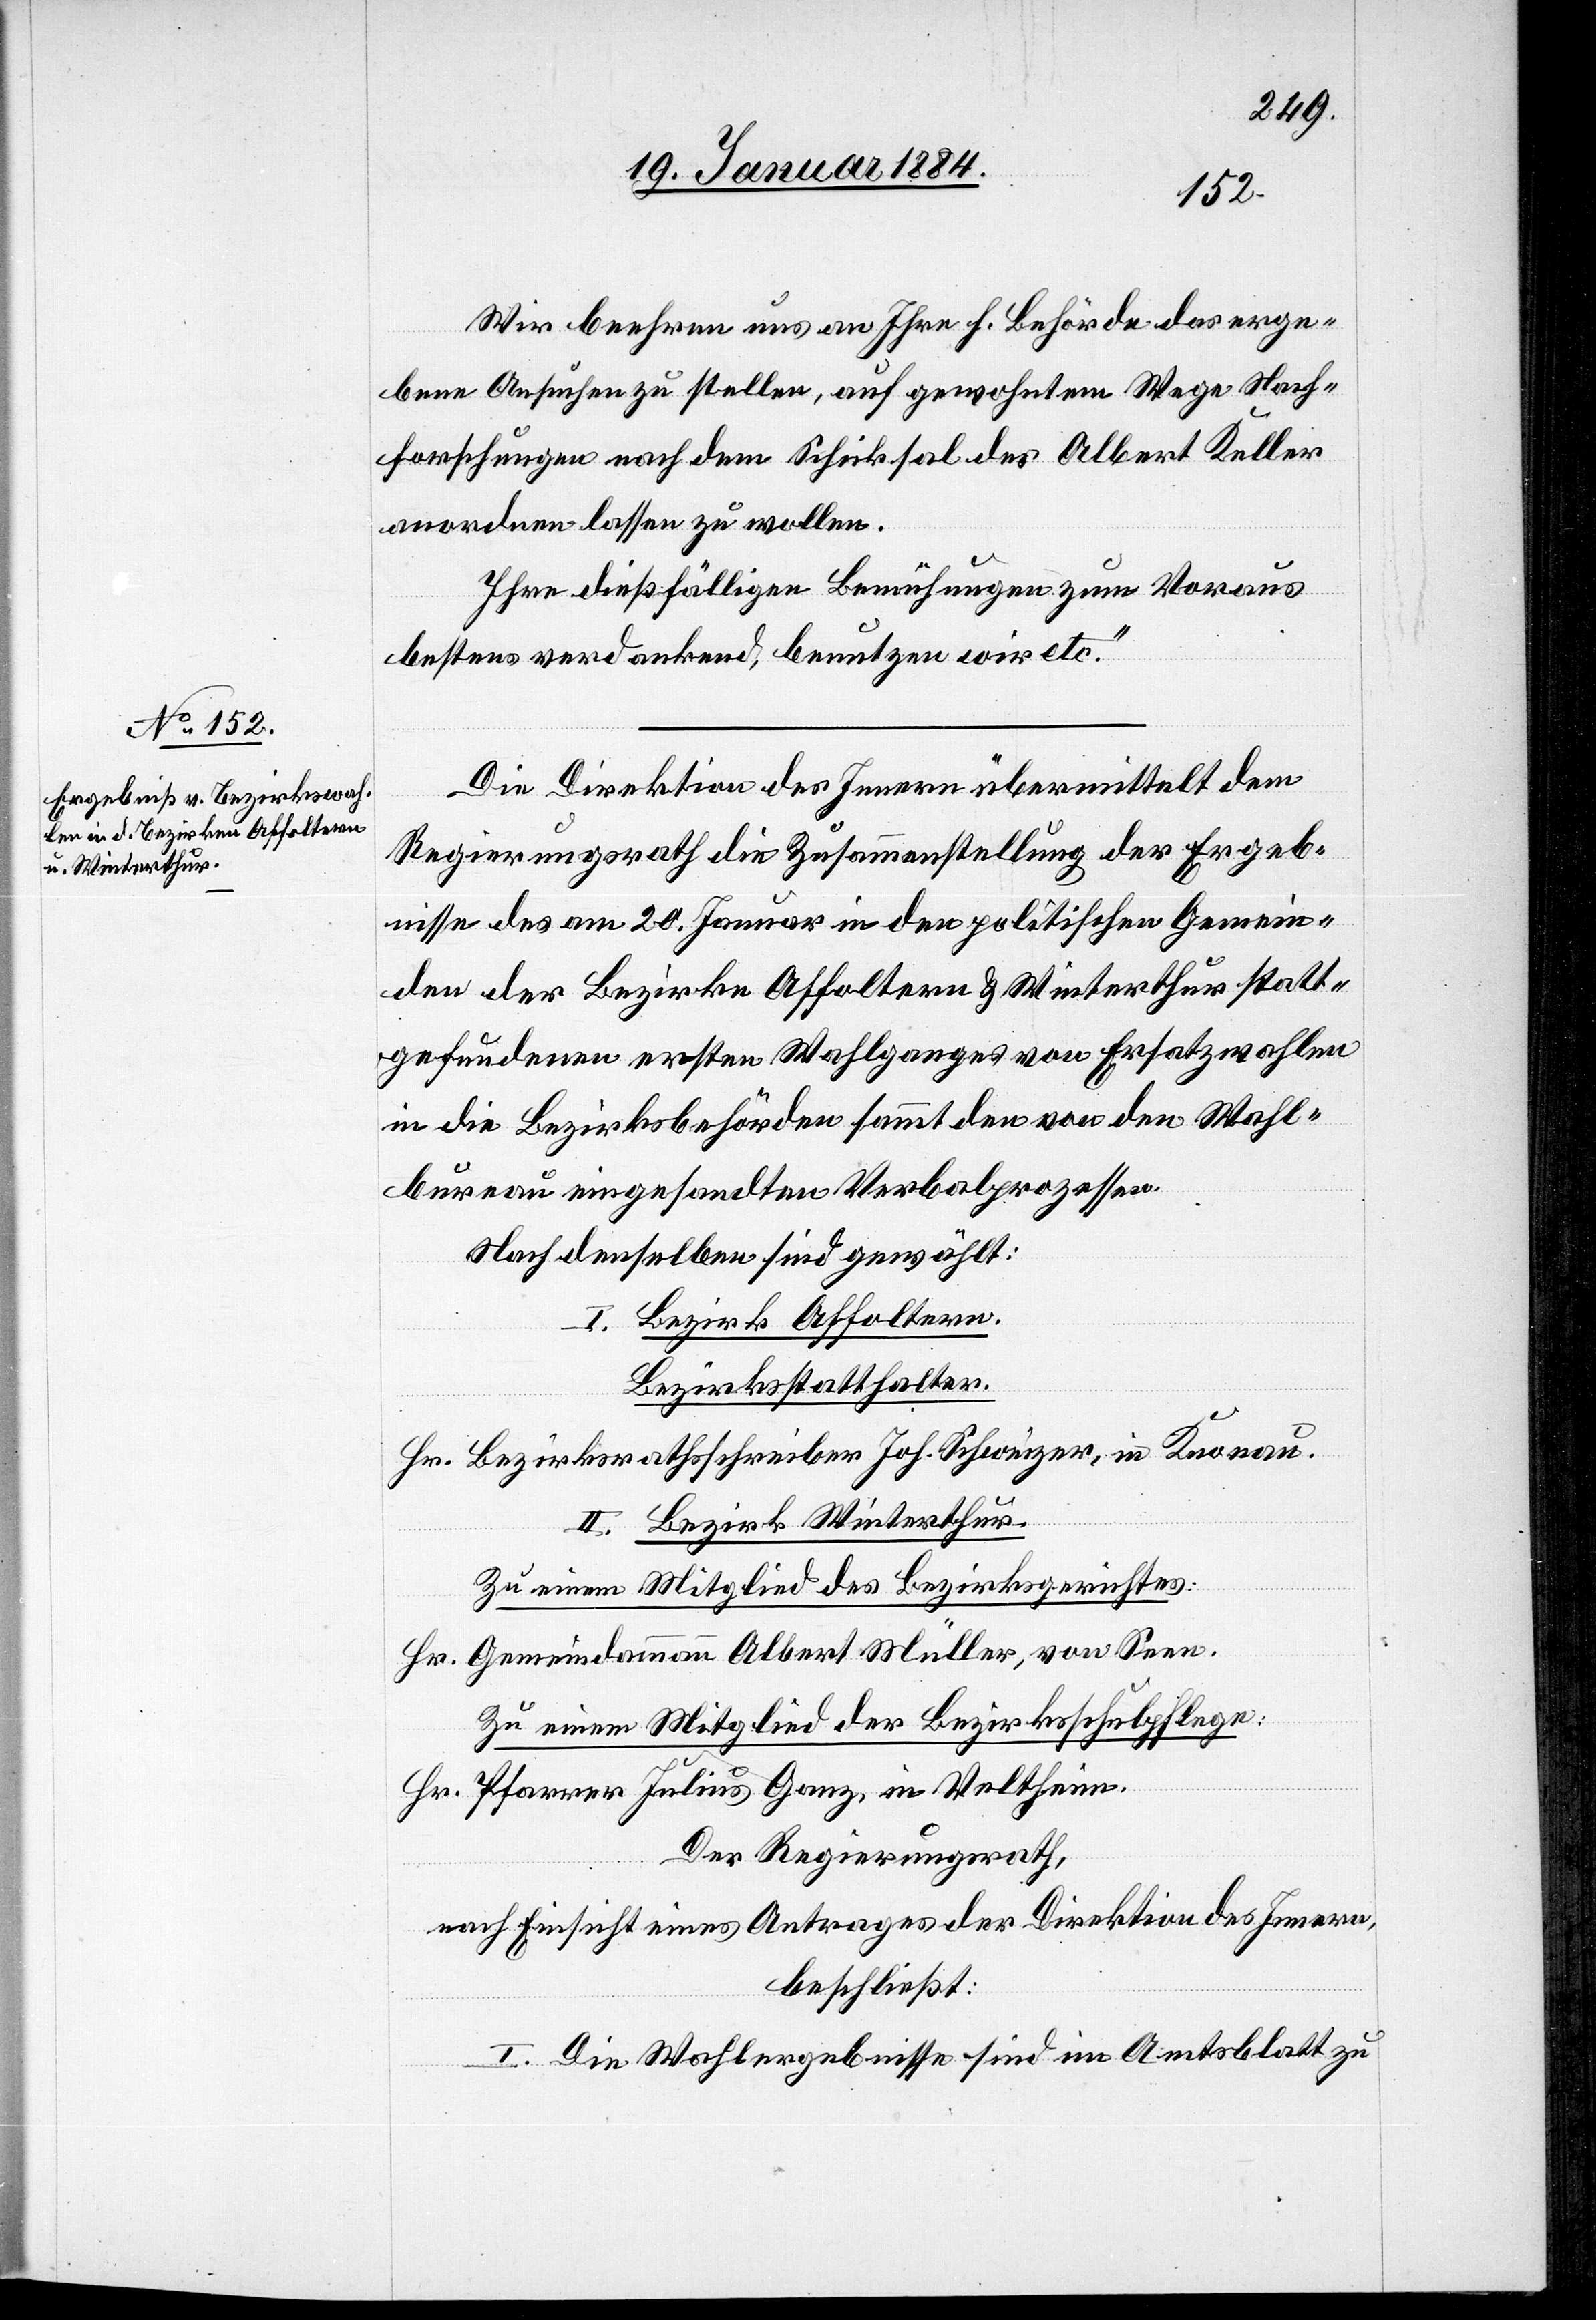
23. Januar 1884.]
Wir beehren uns an Ihre h. Behörde das erge¬
be Ansuchen zu stellen, auf gewohntem Wege Nach¬
forschungen nach dem Schicksal des Albert Keller
anordnen lassen zu wollen.
Ihre dießfälligen Bemühungen zum Voraus
bestens verdankend, benutzen wir etc.“
Die Direktion des Innern übermittelt dem
Regierungsrath die Zusammenstellung der Ergeb¬
nisse des am 20. Januar in den politischen Gemein¬
den der Bezirke Affoltern & Winterthur statt¬
gefundenen ersten Wahlganges von Ersatzwahlen
in die Bezirksbehörden sammt den von den Wahl¬
bureau eingesandten Verbalprozessen.
Nach denselben sind gewählt:
I. Bezirk Affoltern.
Bezirksstatthalter.
Hr. Bezirksrathsschreiber Joh. Schweizer, in Knonau.
II. Bezirk Winterthur.
Zu einem Mitglied des Bezirksgerichtes:
Hr. Gemeindeammann Albert Müller, von Seen.
Zu einem Mitglied der Bezirksschulpflege:
Hr. Pfarrer Julius Ganz, in Veltheim.
Der Regierungsrath,
nach Einsicht eines Antrages der Direktion des Innern,
beschließt:
I. Die Wahlergebnisse sind im Amtsblatt zu